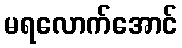
မရလောက်အောင်